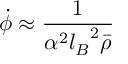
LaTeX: \dot { \phi } \approx { \frac { 1 } { \alpha ^ { 2 } { l _ { B } } ^ { 2 } \bar { \rho } } }